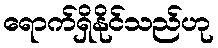
ရောက်ရှိနိုင်သည်ဟု